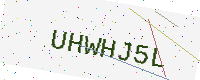
Text: UHWHJ5L